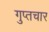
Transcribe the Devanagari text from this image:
गुप्तचार